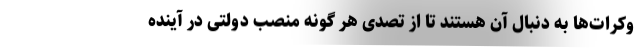
وکرات‌ها به دنبال آن هستند تا از تصدی هر گونه منصب دولتی در آینده